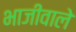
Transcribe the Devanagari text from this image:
भाजीवाले